Civil Veterinary Dept. North-West Frontier Province 1901-22 - 1901-1922
Year: 1901
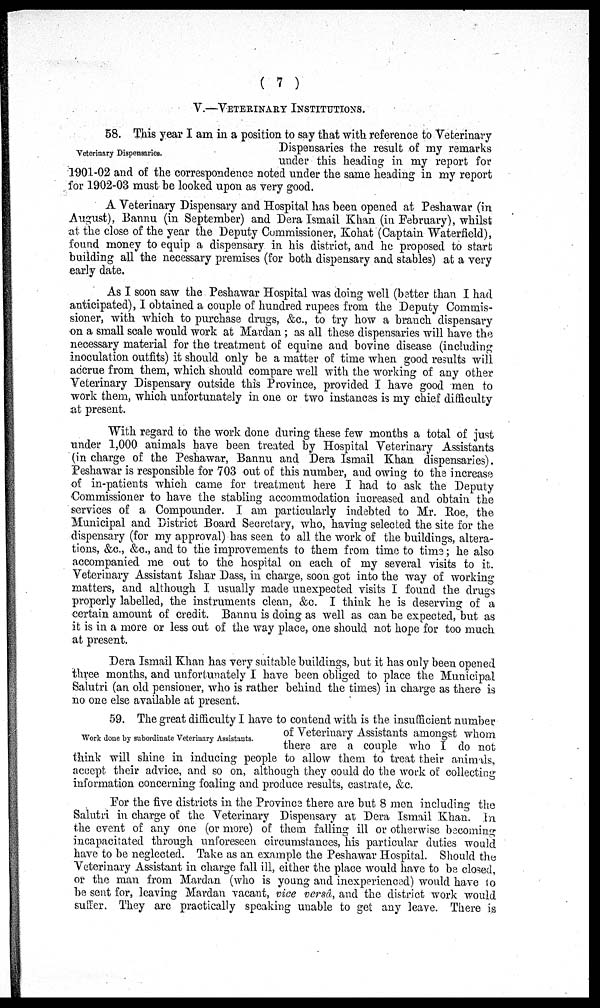
(7)
V.—VETERINARY INSTITUTIONS.
Veterinary Dispensaries.
58. This year I am in a position to say that with reference to Veterinary
Dispensaries the result of my remarks
under this heading in my report for
1901-02 and of the correspondence noted under the same heading in my report
for 1902-03 must be looked upon as very good.
A Veterinary Dispensary and Hospital has been opened at Peshawar (in
August), Bannu (in September) and Dera Ismail Khan (in February), whilst
at the close of the year the Deputy Commissioner, Kohat (Captain Waterfield),
found money to equip a dispensary in his district, and he proposed to start
building all the necessary premises (for both dispensary and stables) at a very
early date.
As I soon saw the Peshawar Hospital was doing well (better than I had
anticipated), I obtained a couple of hundred rupees from the Deputy Commis-
sioner, with which to purchase drugs, &c., to try how a branch dispensary
on a small scale would work at Mardan; as all these dispensaries will have the
necessary material for the treatment of equine and bovine disease (including
inoculation outfits) it should only be a matter of time when good results will
accrue from them, which should compare well with the working of any other
Veterinary Dispensary outside this Province, provided I have good men to
work them, which unfortunately in one or two instances is my chief difficulty
at present.
With regard to the work done during these few months a total of just
under 1,000 animals have been treated by Hospital Veterinary Assistants
(in charge of the Peshawar, Bannu and Dera Ismail Khan dispensaries).
Peshawar is responsible for 703 out of this number, and owing to the increase
of in-patients which came for treatment here I had to ask the Deputy
Commissioner to have the stabling accommodation increased and obtain the
services of a Compounder. I am particularly indebted to Mr. Roe, the
Municipal and District Board Secretary, who, having selected the site for the
dispensary (for my approval) has seen to all the work of the buildings, altera-
tions, &c., &c., and to the improvements to them from time to time; he also
accompanied me out to the hospital on each of my several visits to it.
Veterinary Assistant Ishar Dass, in charge, soon got into the way of working
matters, and although I usually made unexpected visits I found the drugs
properly labelled, the instruments clean, &c. I think he is deserving of a
certain amount of credit. Bannu is doing as well as can be expected, but as
it is in a more or less out of the way place, one should not hope for too much
at present.
Dera Ismail Khan has very suitable buildings, but it has only been opened
three months, and unfortunately I have been obliged to place the Municipal
Salutri (an old pensioner, who is rather behind the times) in charge as there is
no one else available at present.
Work done by subordinate Veterinary Assistants.
59. The great difficulty I have to contend with is the insufficient number
of Veterinary Assistants amongst whom
there are a couple who I do not
think will shine in inducing people to allow them to treat their animals,
accept their advice, and so on, although they could do the work of collecting
information concerning foaling and produce results, castrate, &c.
For the five districts in the Province there are but 8 men including the
Salutri in charge of the Veterinary Dispensary at Dera Ismail Khan. In
the event of any one (or more) of them falling ill or otherwise becoming
incapacitated through unforeseen circumstances, his particular duties would
have to be neglected. Take as an example the Peshawar Hospital. Should the
Veterinary Assistant in charge fall ill, either the place would have to be closed,
or the man from Mardan (who is young and inexperienced) would have to
be sent for, leaving Mardan vacant, vice versâ, and the district work would
suffer. They are practically speaking unable to get any leave. There is